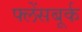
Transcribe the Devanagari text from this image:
फ्लेंसबूर्क